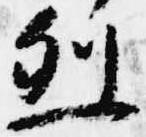
烈